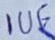
Text: 1UF